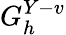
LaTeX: G_{h}^{Y-v}